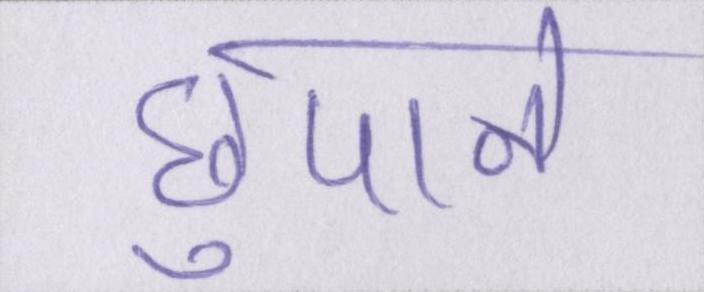
छुपाने